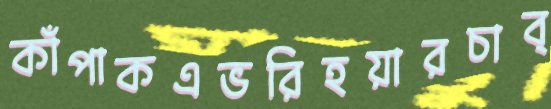
কাঁপাকএভরিহয়ারচাব্